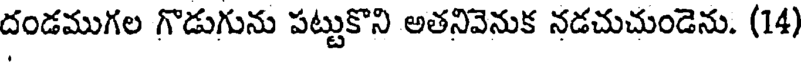
దండముగల గొడుగును పట్టుకొని అతనివెనుక నడచుచుండెను. (14)